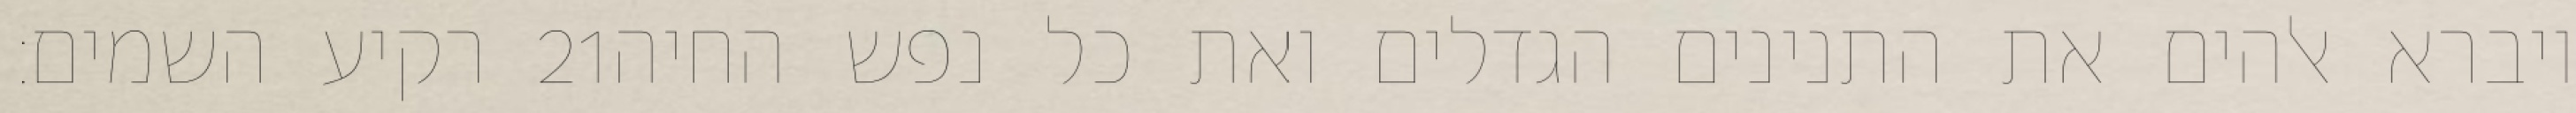
רקיע השמים׃ ‎21‏ ויברא אלהים את התנינים הגדלים ואת כל נפש החיה